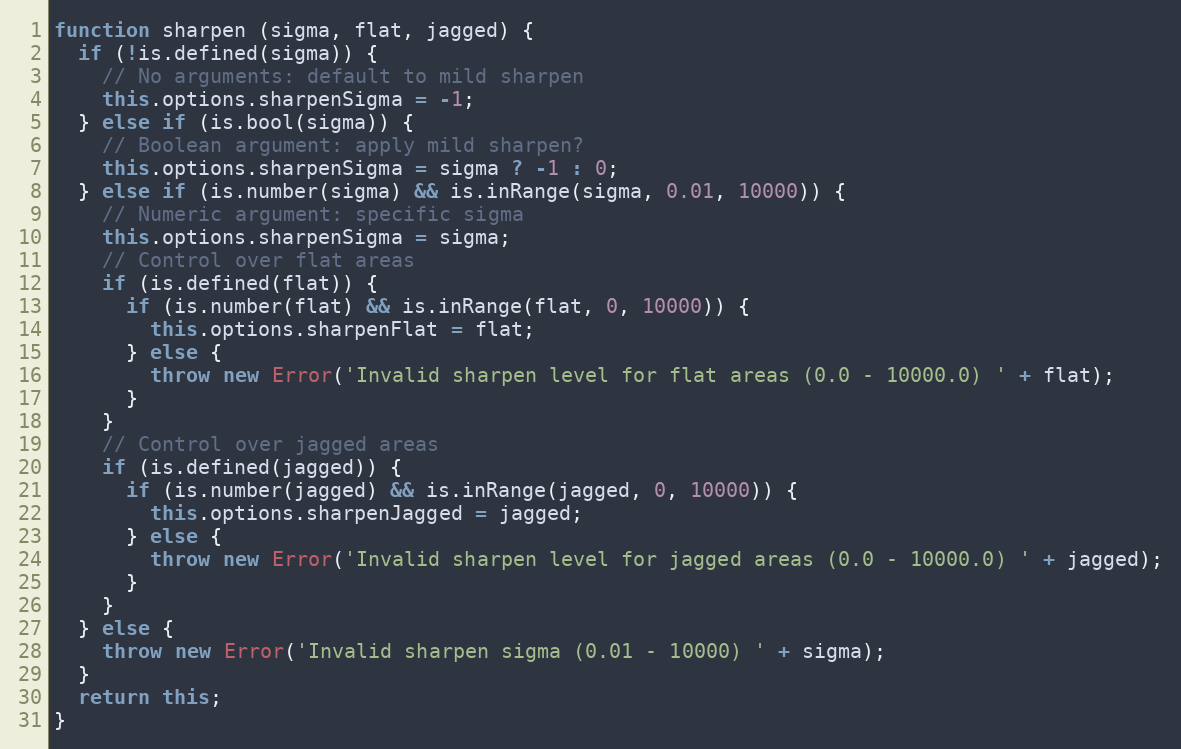
Language: JavaScript
function sharpen (sigma, flat, jagged) {
  if (!is.defined(sigma)) {
    // No arguments: default to mild sharpen
    this.options.sharpenSigma = -1;
  } else if (is.bool(sigma)) {
    // Boolean argument: apply mild sharpen?
    this.options.sharpenSigma = sigma ? -1 : 0;
  } else if (is.number(sigma) && is.inRange(sigma, 0.01, 10000)) {
    // Numeric argument: specific sigma
    this.options.sharpenSigma = sigma;
    // Control over flat areas
    if (is.defined(flat)) {
      if (is.number(flat) && is.inRange(flat, 0, 10000)) {
        this.options.sharpenFlat = flat;
      } else {
        throw new Error('Invalid sharpen level for flat areas (0.0 - 10000.0) ' + flat);
      }
    }
    // Control over jagged areas
    if (is.defined(jagged)) {
      if (is.number(jagged) && is.inRange(jagged, 0, 10000)) {
        this.options.sharpenJagged = jagged;
      } else {
        throw new Error('Invalid sharpen level for jagged areas (0.0 - 10000.0) ' + jagged);
      }
    }
  } else {
    throw new Error('Invalid sharpen sigma (0.01 - 10000) ' + sigma);
  }
  return this;
}